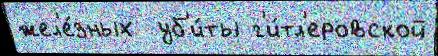
жел'е́зных  уб'и́ты г'и́тл'еровской